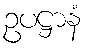
ဥပဋ္ဌာနံ